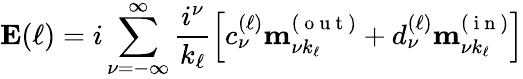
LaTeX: \mathbf{E}(\ell)=i\sum_{\nu=-\infty}^{\infty}\frac{i^{\nu}}{k_{\ell}}\left[c_{\nu}^{(\ell)}\mathbf{m}_{\nu k_{\ell}}^{(\mathrm{~o~u~t~})}+d_{\nu}^{(\ell)}\mathbf{m}_{\nu k_{\ell}}^{(\mathrm{~i~n~})}\right]